65_HS1-834228961_62-HQ-83894_Section_2
Agency: FBI
Page 35
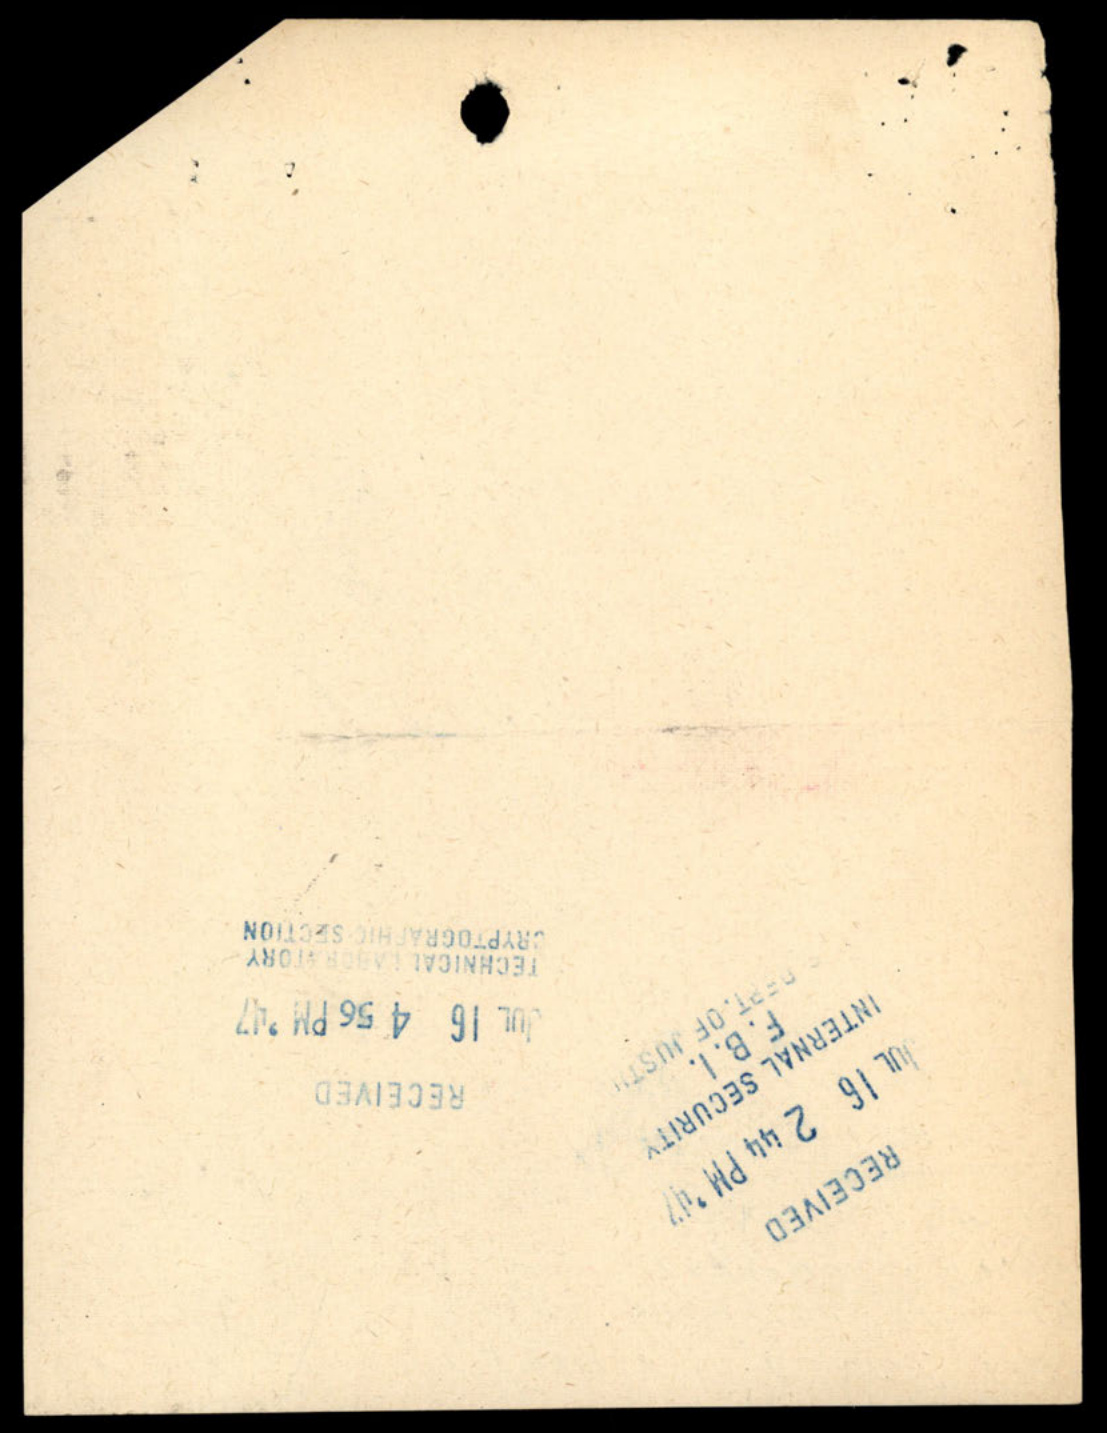